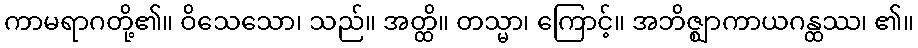
ကာမရာဂတို့၏။ ဝိသေသော၊ သည်။ အတ္ထိ။ တသ္မာ၊ ကြောင့်။ အဘိဇ္ဈာကာယဂန္ထဿ၊ ၏။